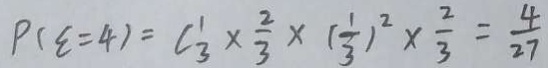
P ( \varepsilon = 4 ) = C _ { 3 } ^ { 1 } \times \frac { 2 } { 3 } \times ( \frac { 1 } { 3 } ) ^ { 2 } \times \frac { 2 } { 3 } = \frac { 4 } { 2 7 }